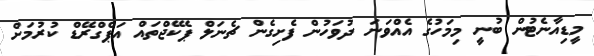
މީޑިއާނެޓުން ބުނީ މިމަހުގެ އެއްވަނަ ދުވަހުން ފެށިގެން ޗެނަލް ޕެކޭޖްތައް އަޕްގްރޭޑް ކުރުމަށް